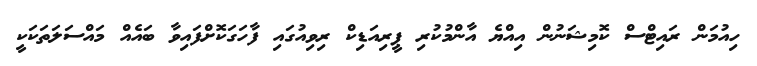
ހިއުމަން ރައިޓްސް ކޮމިޝަނުން އިއްޔެ އާންމުކުރި ޕީރިއަޑިކް ރިވިއުގައި ފާހަގަކޮށްފައިވާ ބައެއް މައްސަލަތަކަކީ